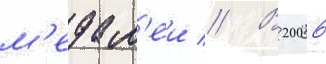
м'едал'еи // В 2006